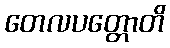
တေလပတ္တောတိ